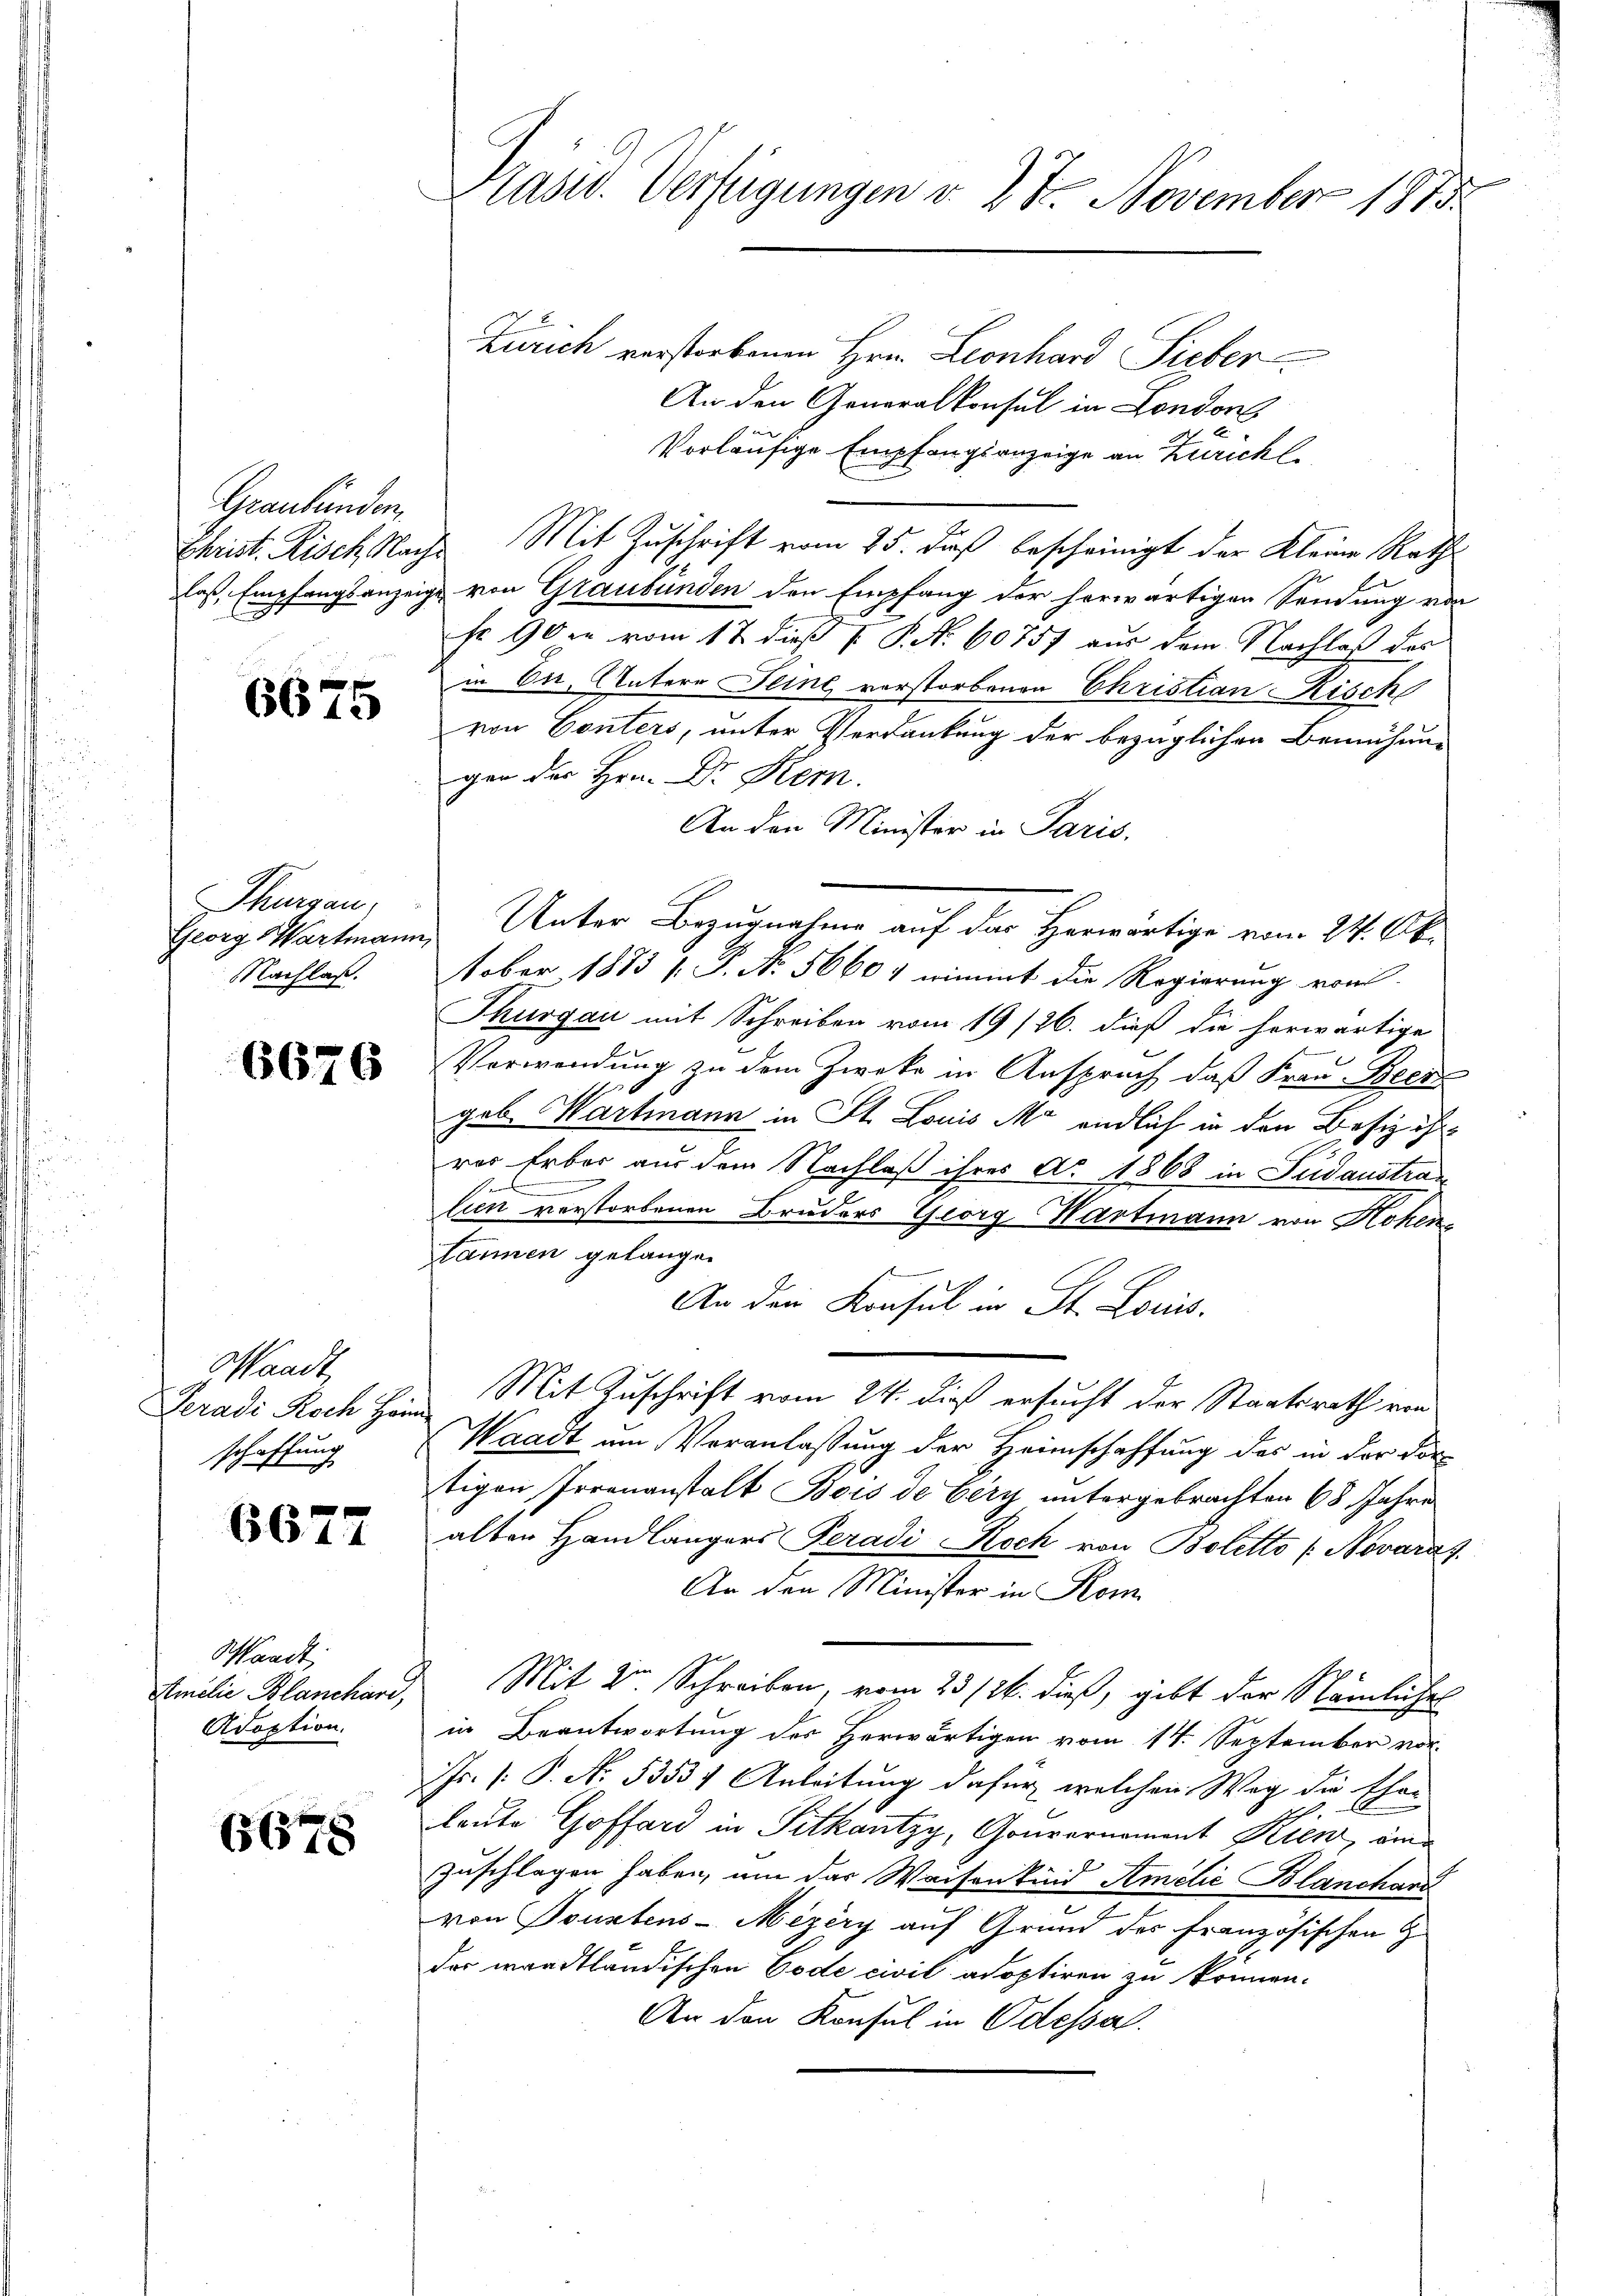
Graubünden.

6675

Georg Wartmann,
Nachlaß.

6676

Gaadt,
Geradi Koch Heim
schaffung

6677

Waadt,
Amilie Blanchari,
Adoption.

6678

Präsid. Verfügungen v. 27. November 1815.

Zürich verstorbenen Hrn. Leonhard Sieber
An den Generalkonsul in London
E
Vorläufige Empfangsanzeige an Zuricht
Er
Christ. Risch Nache Mit Zuschrift vom 25. Fuß bescheinigt der Kleine Raths
laß, Empfangsanzeige von Graubünden den Empfang der herwärtigen Sendung von
fr 90 m vom 17. dieß P. P. Nr. 60757 aus dem Nachlaß des
in Er, Unterr Seine vorstorbenen Christian Risch
von Conters, unter Verdankung der bezüglichen Bemühungen der Hrn. Dr Kem.
An den Minister in Paris.
Thurgau, Unter Bezugnahme auf das Herwärtige vom 24. Ok-
tober 1883 s. P. Nr. 56601 wimmt die Regierung von
Thurgau mit Schreiben vom 19/26. dieß die herwärtige
Verwendung zu dem Zwecke in Anspruch, daß Frau Been
geb. Wartmann in St. Louis Mr. endlich in den Besiz ihrrer Erber aus dem Nachlaß ihres Ao 1868 in Fridaustrad
lien verstorbenen Bruders Georg Wartmann von Hohen
Tannen gelangen
An den Konsul in St. Loris
Mit Zuschrift vom 24. dieß ersucht der Staatsrath von
Waadt um Veranlaßung der Heimschaffung des in der dor
tigen Irrenanstalt Bois de Cery untergebrachten 68 Jahre
alten Handlängers Peradi Roch von Boletto (Novarat
An den Minister in Kom
Mit Dr Schreiben, vom 23./26. dieß, gibt der Nämliches
in Beantwortung des Herwärtigen vom 14. September vor
Jr. P. P. No. 53534 Anleitung dafür, welchen Weg die Ehe-
leute Goffard in Pitkantzy, Gouvernement Kien, einzuschlagen haben, um das Waisenkund Amelić Blanchand
von Sonstens-Mezery auf Grund des Französischen Z
der waadtländischen Code civil adoptiren zu können.
An den Konsul in Odessal.